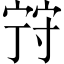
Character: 𡨺